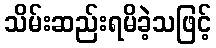
သိမ်းဆည်းရမိခဲ့သဖြင့်